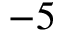
- 5